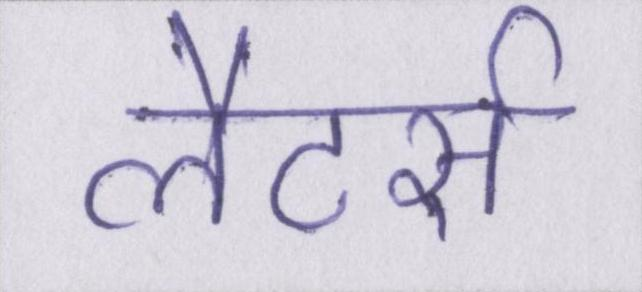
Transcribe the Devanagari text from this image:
लैटर्स